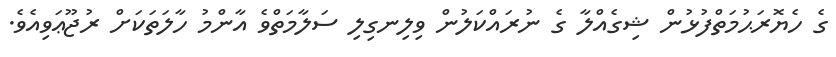
ގެ ހެޔޮރަޙުމަތްފުޅުން ޝިގެއްލާ ގެ ނުރައްކަލުން ވިލިނގިލި ސަލާމަތްވެ އާންމު ހާލަތަކަށް ރުޖޫޢަވިއެވެ.